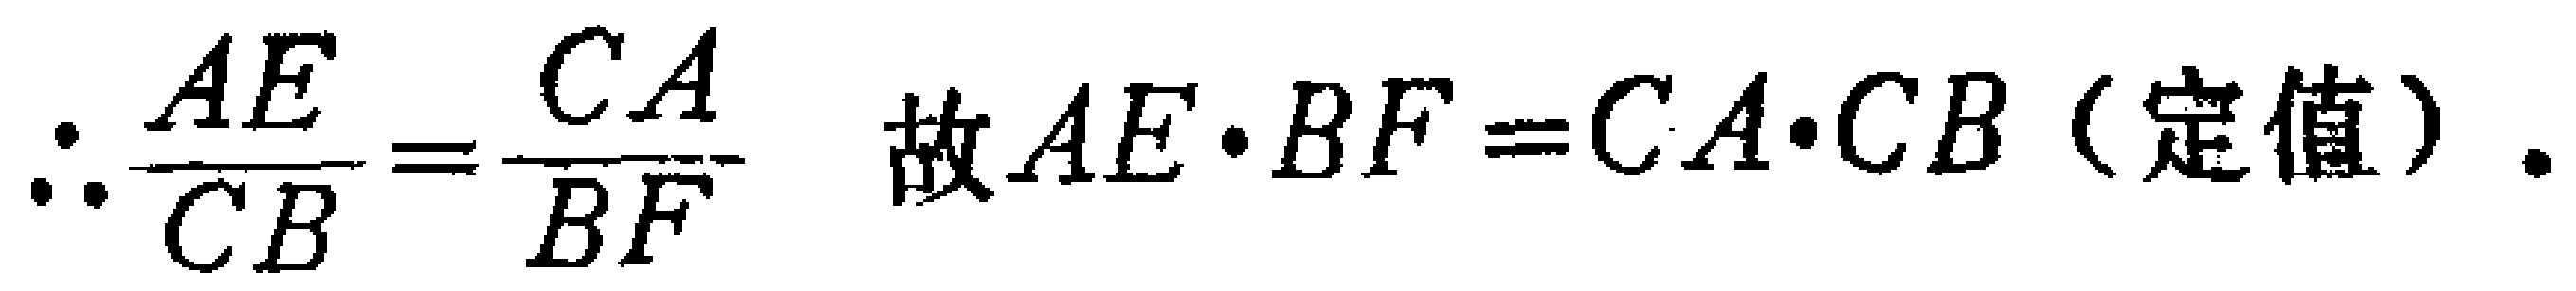
\(\therefore \frac{AE}{CB}=\frac{CA}{BF}\) 故 \(AE\cdot BF = CA\cdot CB\)（定值）.